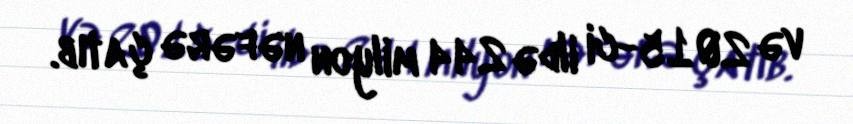
və 2015-ci ildə 244 milyon nəfərə çatıb.